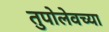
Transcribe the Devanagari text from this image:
तुपोलेवच्या